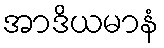
အာဒိယမာနံ